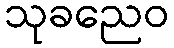
သုခညေဝ